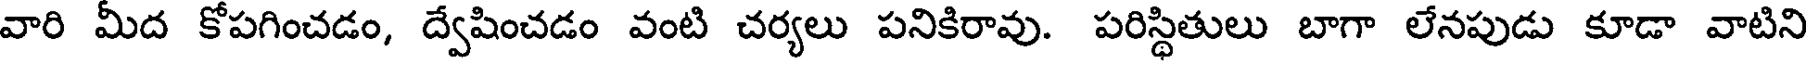
వారి మీద కోపగించడం, ద్వేషించడం వంటి చర్యలు పనికిరావు. పరిస్థితులు బాగా లేనపుడు కూడా వాటిని